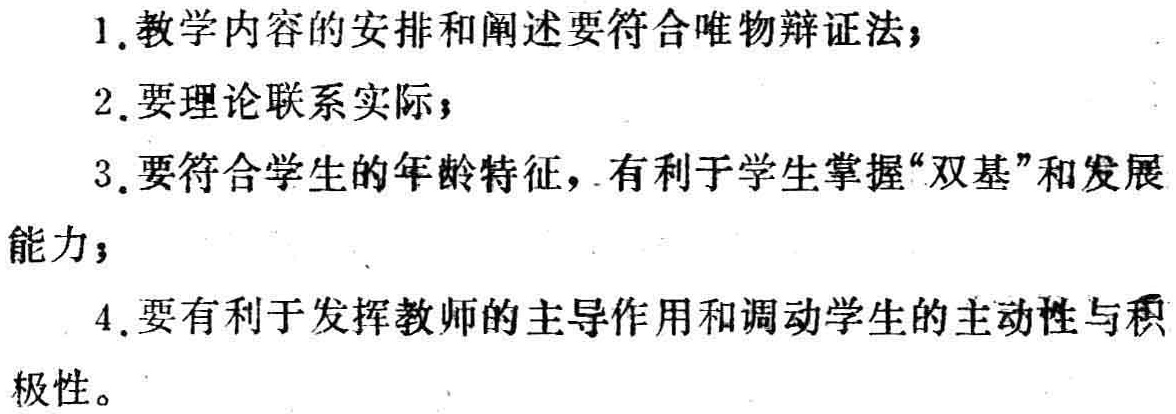
1. 教学内容的安排和阐述要符合唯物辩证法；

2. 要理论联系实际；

3. 要符合学生的年龄特征，有利于学生掌握“双基”和发展能力；

4. 要有利于发挥教师的主导作用和调动学生的主动性与积极性。